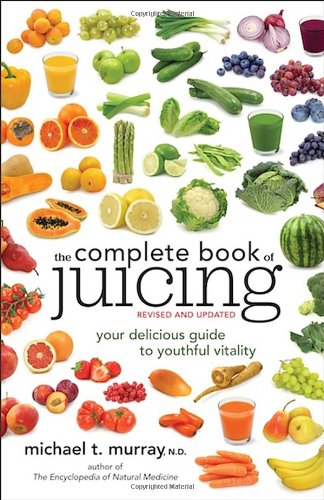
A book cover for The Complete Book of Juicing, Revised and Updated: Your Delicious Guide to Youthful Vitality; Michael Murray; Cookbooks, Food & Wine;